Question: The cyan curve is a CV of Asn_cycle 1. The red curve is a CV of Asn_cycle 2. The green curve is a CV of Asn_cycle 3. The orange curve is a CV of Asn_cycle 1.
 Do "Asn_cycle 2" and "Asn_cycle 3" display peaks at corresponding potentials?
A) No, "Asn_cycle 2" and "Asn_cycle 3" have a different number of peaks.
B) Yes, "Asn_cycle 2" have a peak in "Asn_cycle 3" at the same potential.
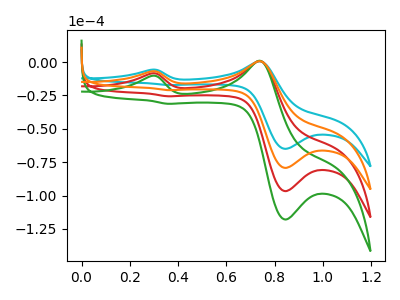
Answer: <think>The cyan curve "Asn_cycle 1" has anodic peaks at (0.30V, -5.70uA) (0.75V, 0.55uA) and cathodic peaks at (0.85V, -65.00uA) (0.35V, -17.20uA). The red curve "Asn_cycle 2" has anodic peaks at (0.30V, -13.95uA) (0.75V, 1.30uA) and cathodic peaks at (0.85V, -158.55uA) (0.35V, -42.00uA). The green curve "Asn_cycle 3" has anodic peaks at (0.30V, -20.90uA) (0.75V, 1.95uA) and cathodic peaks at (0.85V, -237.85uA) (0.35V, -63.00uA). The orange curve "Asn_cycle 1" has anodic peaks at (0.30V, -6.95uA) (0.75V, 0.65uA) and cathodic peaks at (0.85V, -79.30uA) (0.35V, -21.00uA).</think>
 <answer>B) Yes, "Asn_cycle 2" have a peak in "Asn_cycle 3" at the same potential.</answer>
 <eval>B</eval>